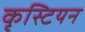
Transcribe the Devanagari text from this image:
कृस्टियन